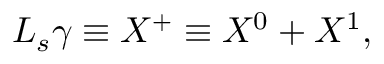
\ensuremath { L _ { s } } \gamma \equiv \ensuremath { X ^ { + } } \equiv X ^ { 0 } + X ^ { 1 } , \qquad